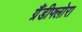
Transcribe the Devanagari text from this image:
ग्रैंडीफ्लोरा